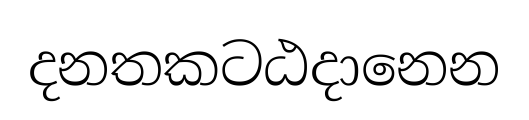
දනතකටඨදානෙන